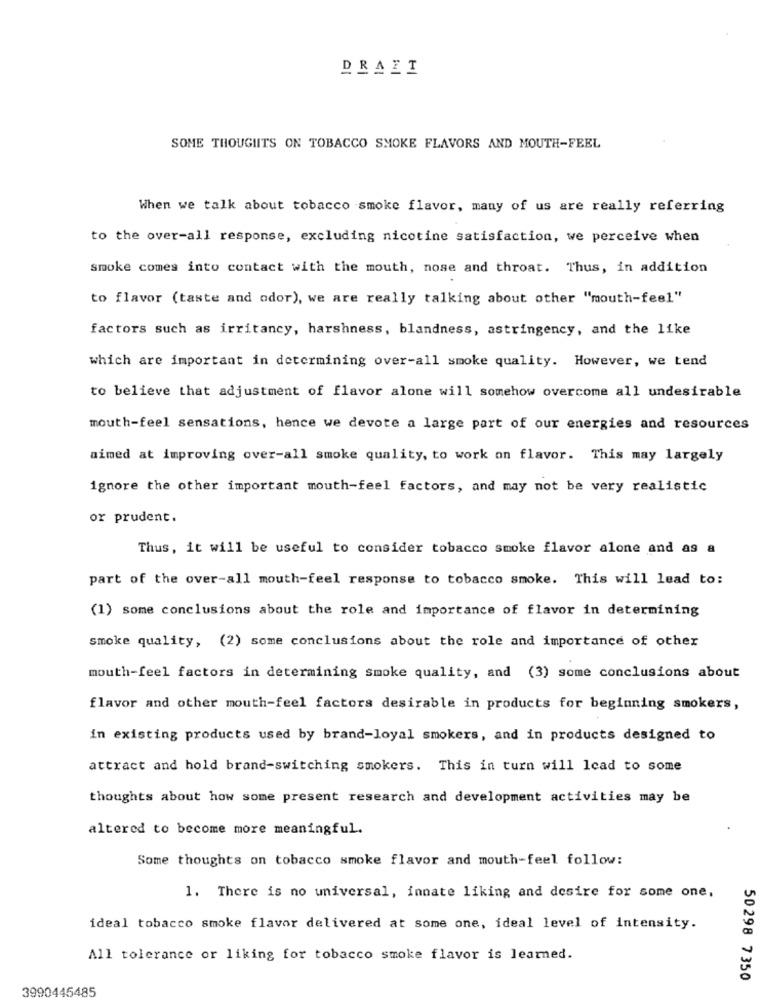
DRAIT
SOME THOUGHTS ON TOBACCO SMOKE FLAVORS AND MOUTH-FEEL
When we talk about tobacco smoke flavor, many of us are really referring
to the over-all response, excluding nicotine satisfaction, we perceive when
smoke comes into contact with the mouth, nose and throat. Thus, in addition
to flavor (taste and odor), we are really talking about other "mouth-feel"
factors such as irritancy, harshness, blandness, astringency, and the like
which are important in determining over-all smoke quality. However, we tend
to believe that adjustment of flavor alone will somehow overcome all undesirable
mouth-feel sensations, hence we devote a large part of our energies and resources
aimed at improving over-all smoke quality, to work on flavor. This may largely
ignore the other important mouth-feel factors, and may not be very realistic
or prudent.
Thus, it will be useful to consider tobacco smoke flavor alone and as a
part of the over-all mouth-feel response to tobacco smoke. This will lead to:
(1) some conclusions about the role and importance of flavor in determining
smoke quality, (2) some conclusions about the role and importance of other
mouth-feel factors in determining smoke quality, and (3) some conclusions about
flavor and other mouth-feel factors desirable in products for beginning smokers,
in existing products used by brand-loyal smokers, and in products designed to
attract and hold brand-switching smokers. This in turn will lead to some
thoughts about how some present research and development activities may be
altered to become more meaningful.
Some thoughts on tobacco smoke flavor and mouth-feel follow:
1. There is no universal, innate liking and desire for some one,
ideal tobacco smoke flavor delivered at some one, ideal level of intensity.
All tolerance or liking for tobacco smoke flavor is learned.
50298 7350
3990445485